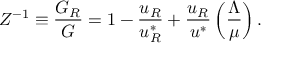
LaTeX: Z ^ { - 1 } \equiv \frac { G _ { R } } { G } = 1 - \frac { u _ { R } } { u _ { R } ^ { * } } + \frac { u _ { R } } { u ^ { * } } \left( \frac { \Lambda } { \mu } \right) .